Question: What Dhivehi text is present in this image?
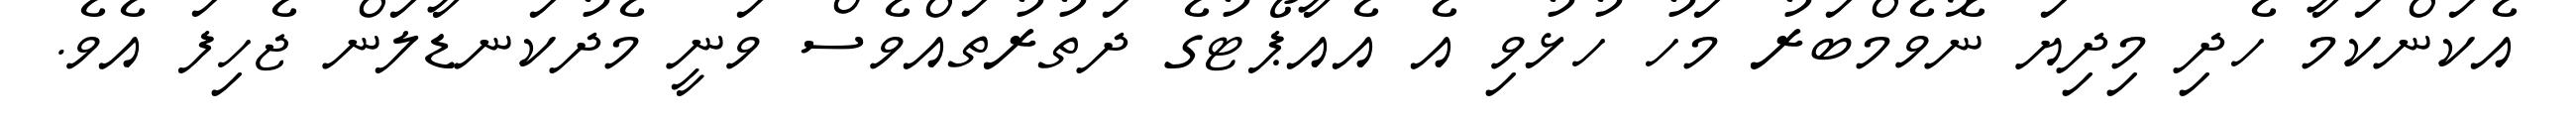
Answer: އެކަންކަމާ ހެދި މިދިޔަ ނޮވެމްބަރު މަހު ހުޅުވި އެ އެއާޕޯޓުގެ ދަތުރުތައްވެސް ވަނީ މެދުކަނޑާލަން ޖެހިފަ އެވެ.